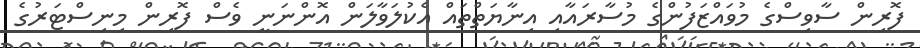
ފޮރިން ސާވިސްގެ މުވައްޒަފުންގެ މުސާރައާއި އިނާޔަތްތައް އެކުލަވާލަން އޮންނަނީ ވެސް ފޮރިން މިނިސްޓަރުގެ